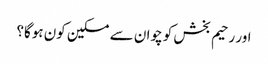
اور رحیم بخش کو چوان سے مسکین کون ہوگا؟